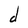
Character: d